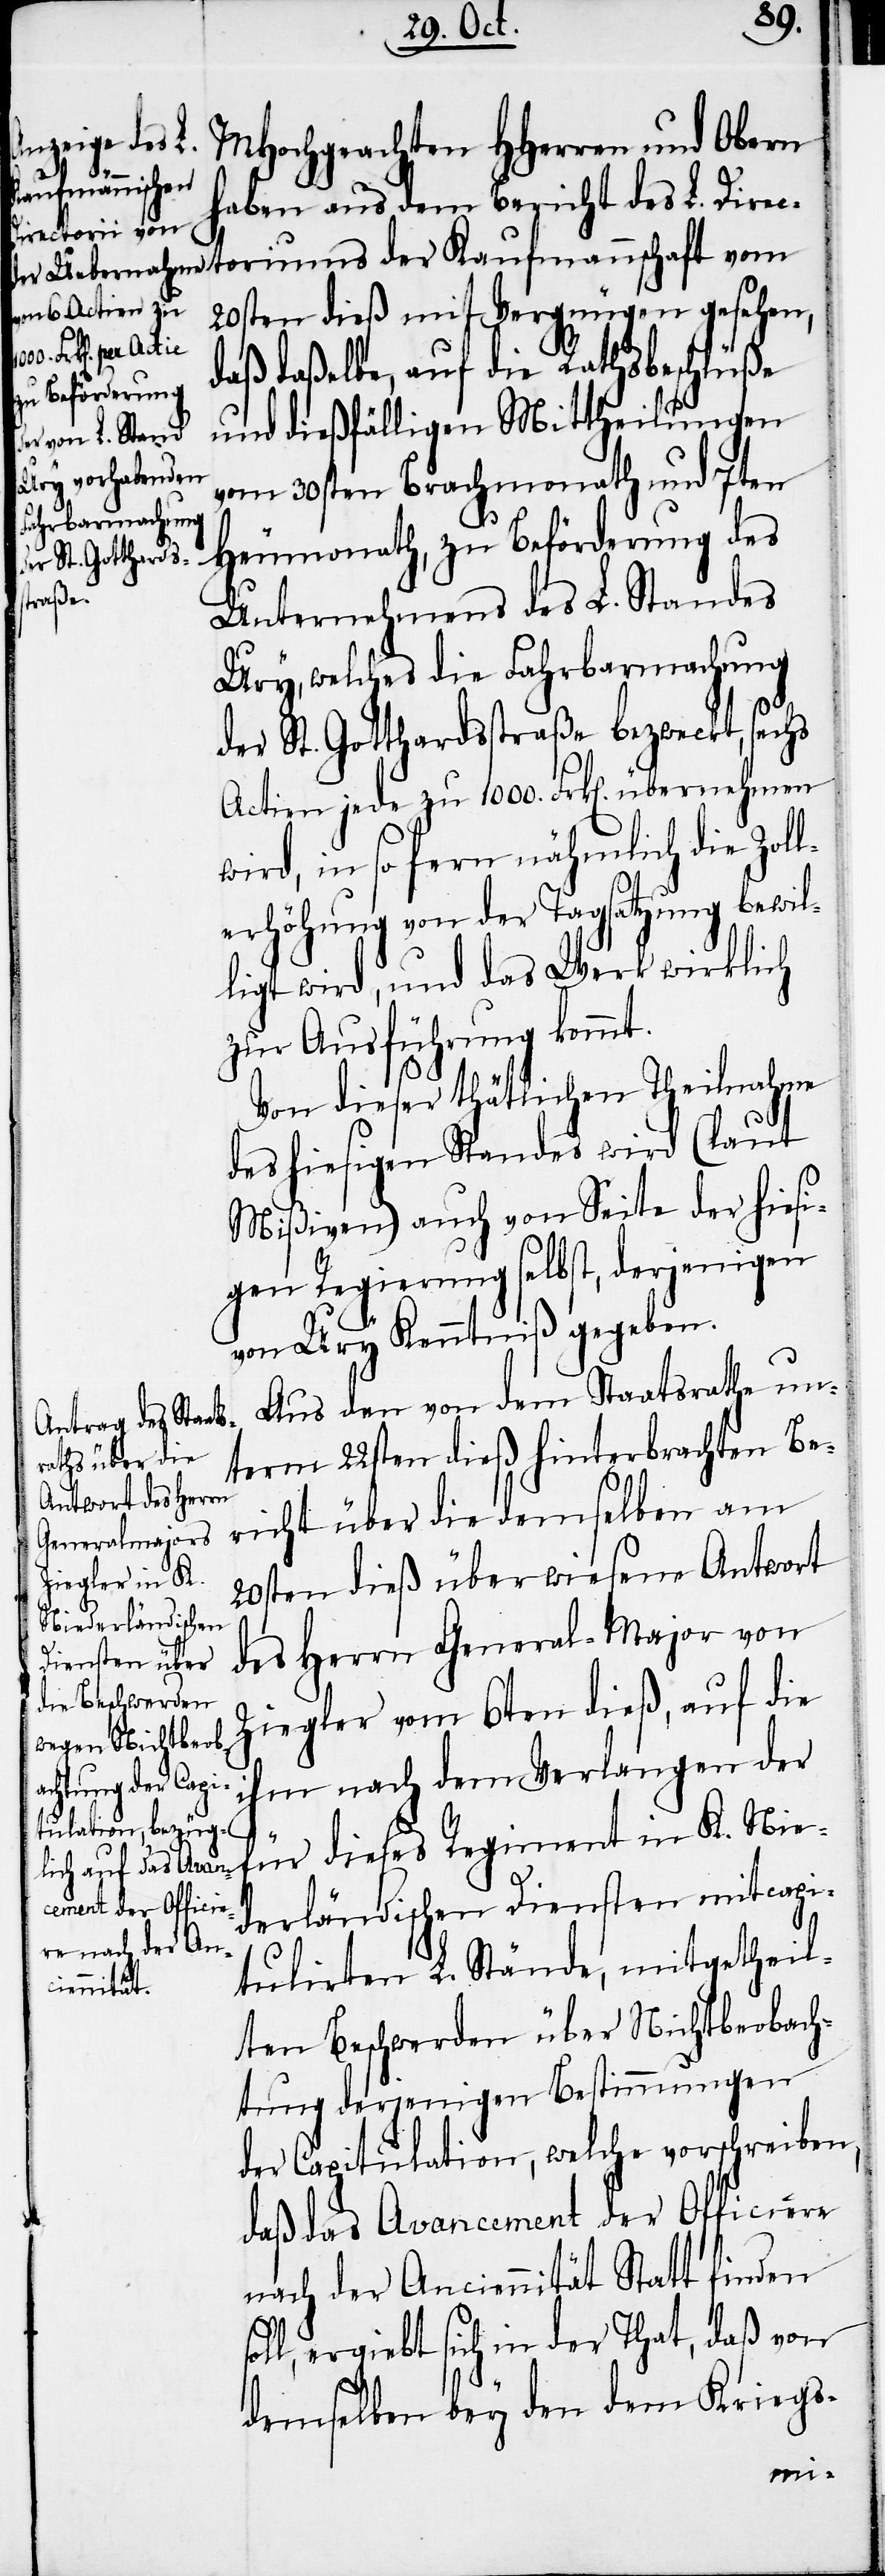
MHochgeachten HHerren und Obern
Kaufmannschaft
haben aus dem Bericht des L. Direct¬
20sten dieß mit Vergnügen gesehen,
daß daßelbe, auf die Rathsbeschlüße
und dießfälligen Mittheilungen
vom 30sten Brachmonath und 7ten
Heumonath, zu Beförderung des
Unternehmens des L. Standes
Ury, welches die Fahrbarmachung
der St. Gotthardsstraße bezweckt, sechs
Actien jede zu 1000. Frk[en]. übernehmen
wird, in so fern nämlich die Zoll¬
erhöhung von der Tagsatzung bewil¬
ligt wird, und das Werk wirklich
zur Ausführung kommt.
Von dieser thätlichen Theilnahme
des hiesigen Standes wird (laut
Mißiven) auch von Seite der hiesi¬
gen Regierung selbst, derjenigen
von Ury Kenntniß gegeben.
Aus dem von dem Staatsrathe un¬
term 22sten dieß hinterbrachten Be¬
richt über die demselben am
20sten dieß überwiesene Antwort
des Herrn General-Major von
Ziegler vom 6ten dieß, auf die
ihm nach dem Verlangen der
s¬
für dieses Regiment in K. Nie¬
derländischen Diensten mitcapi¬
tulirten L. Stände, mitgetheil¬
ten Beschwerden über Nichtbeobach¬
tung derjenigen Bestimmungen
der Capitulation, welche vorschreiben,
daß das Avancement der Officiere
nach der Anciennität Statt finden
oll, ergiebt sich in der That, daß von
demselben bey den dem Kriegs-
oriums